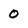
Character: 0